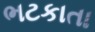
ભટકાતા